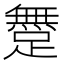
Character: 𨅐